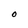
Character: O